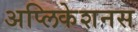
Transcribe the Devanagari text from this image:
अप्लिकेशनस